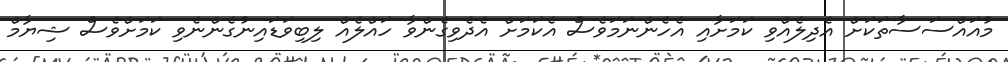
މުއައްސަސާތަކަށް އެދިލެއްވި ކަމަށާއި އެހެންނަމަވެސް އެކަމަށް އެދެވިގެންވާ ހައްލެއް ލިބިވަޑައިނުގެންނެވި ކަމަށްވެސް ޝިޔާމް